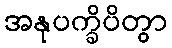
အနုပက္ခိပိတွာ